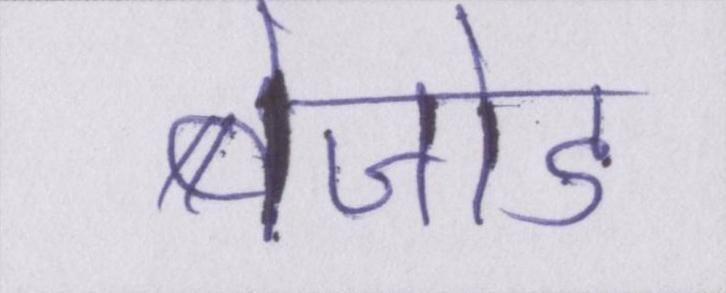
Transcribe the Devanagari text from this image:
बेजोड